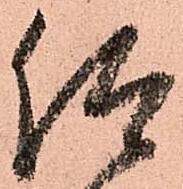
仰